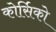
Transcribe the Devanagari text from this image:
कोर्सिको